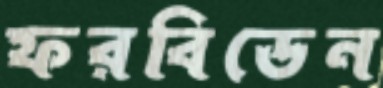
ফরবিডেন